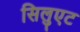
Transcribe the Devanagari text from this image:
सिलुएट